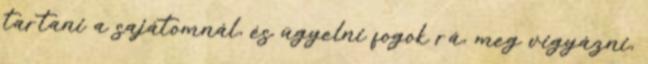
tartani a sajátomnál, és ügyelni fogok rá, meg vigyázni,